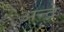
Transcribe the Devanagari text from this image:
अन्द्रे